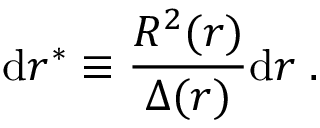
\mathrm { d } r ^ { * } \equiv \frac { R ^ { 2 } ( r ) } { \Delta ( r ) } \mathrm { d } r \; .